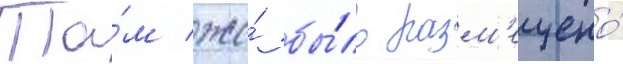
Та́м же́ бы́ло разм'ещено́